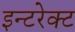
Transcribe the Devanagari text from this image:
इन्टरेक्ट